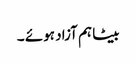
بیٹا ہم آزاد ہوئے ۔